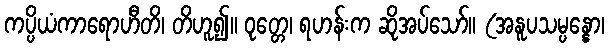
ကပ္ပိယံကာရောဟီတိ၊ တိဟူ၍။ ဝုတ္တေ၊ ရဟန်းက ဆိုအပ်သော်။ (အနူပသမ္ပန္နော၊